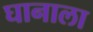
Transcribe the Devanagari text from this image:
घानाला